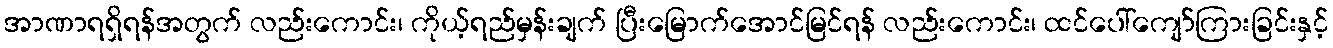
အာဏာရရှိရန်အတွက် လည်းကောင်း၊ ကိုယ့်ရည်မှန်းချက် ပြီးမြောက်အောင်မြင်ရန် လည်းကောင်း၊ ထင်ပေါ်ကျော်ကြားခြင်းနှင့်